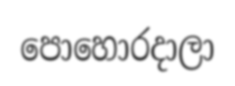
පොහොරදාලා